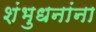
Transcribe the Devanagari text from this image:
शंभुधनांना